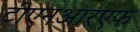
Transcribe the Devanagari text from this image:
टीएनआरएफ